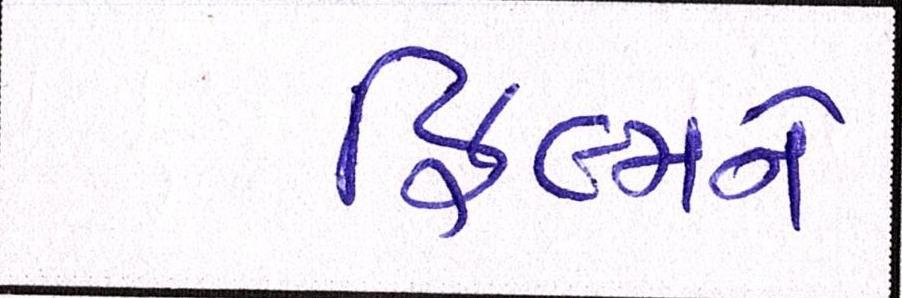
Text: ફિલ્મને